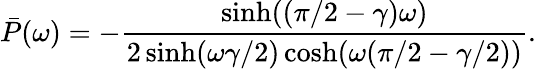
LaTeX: \bar{P}(\omega)=-\frac{\sinh((\pi/2-\gamma)\omega)}{2\sinh(\omega\gamma/2)\cosh(\omega(\pi/2-\gamma/2))}.